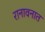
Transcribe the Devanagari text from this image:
रानावनात